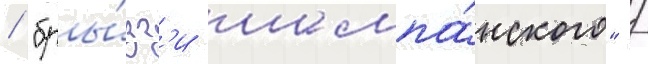
/ "бры́зг'и шампа́нского" /